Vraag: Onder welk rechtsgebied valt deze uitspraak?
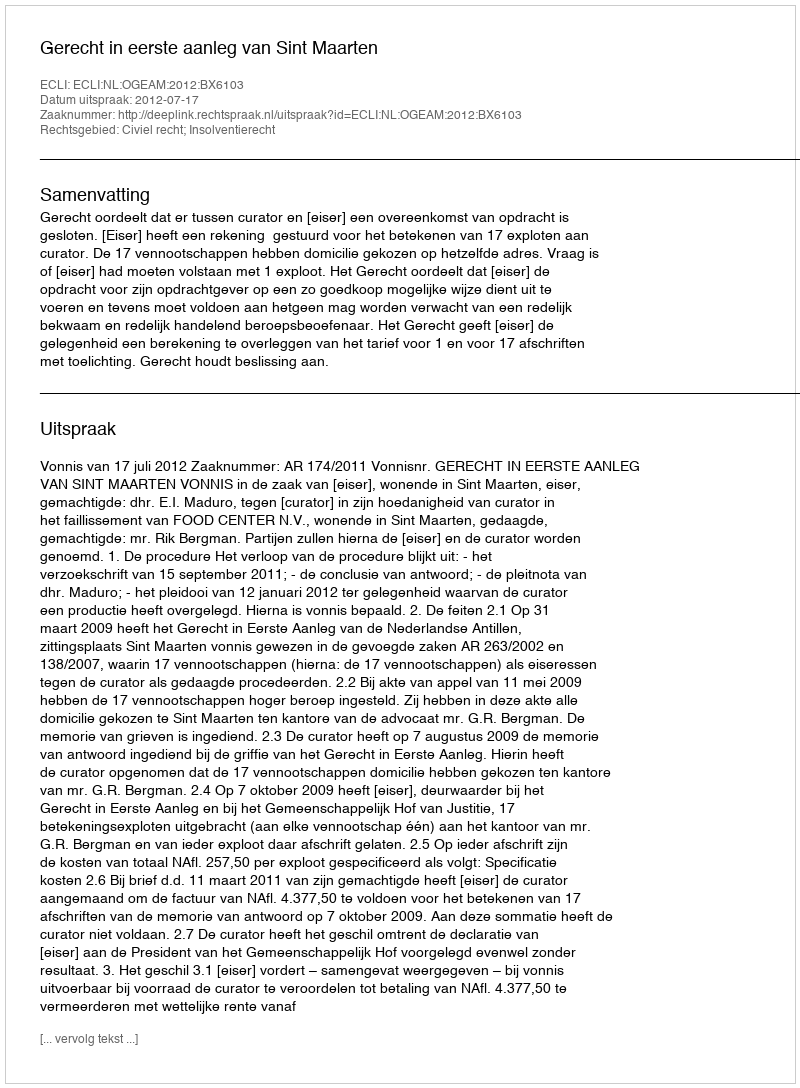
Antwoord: Civiel recht; Insolventierecht